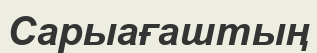
Сарыағаштың